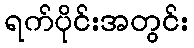
ရက်ပိုင်းအတွင်း